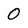
Character: 0